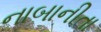
નાબાનીતા